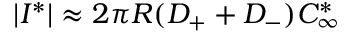
| I ^ { * } | \approx 2 \pi R ( D _ { + } + D _ { - } ) C _ { \infty } ^ { * }